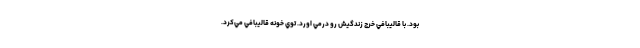
بود. با قاليبافي خرج زندگيش رو درمي اورد. توي خونه قاليبافي مي‌كرد.